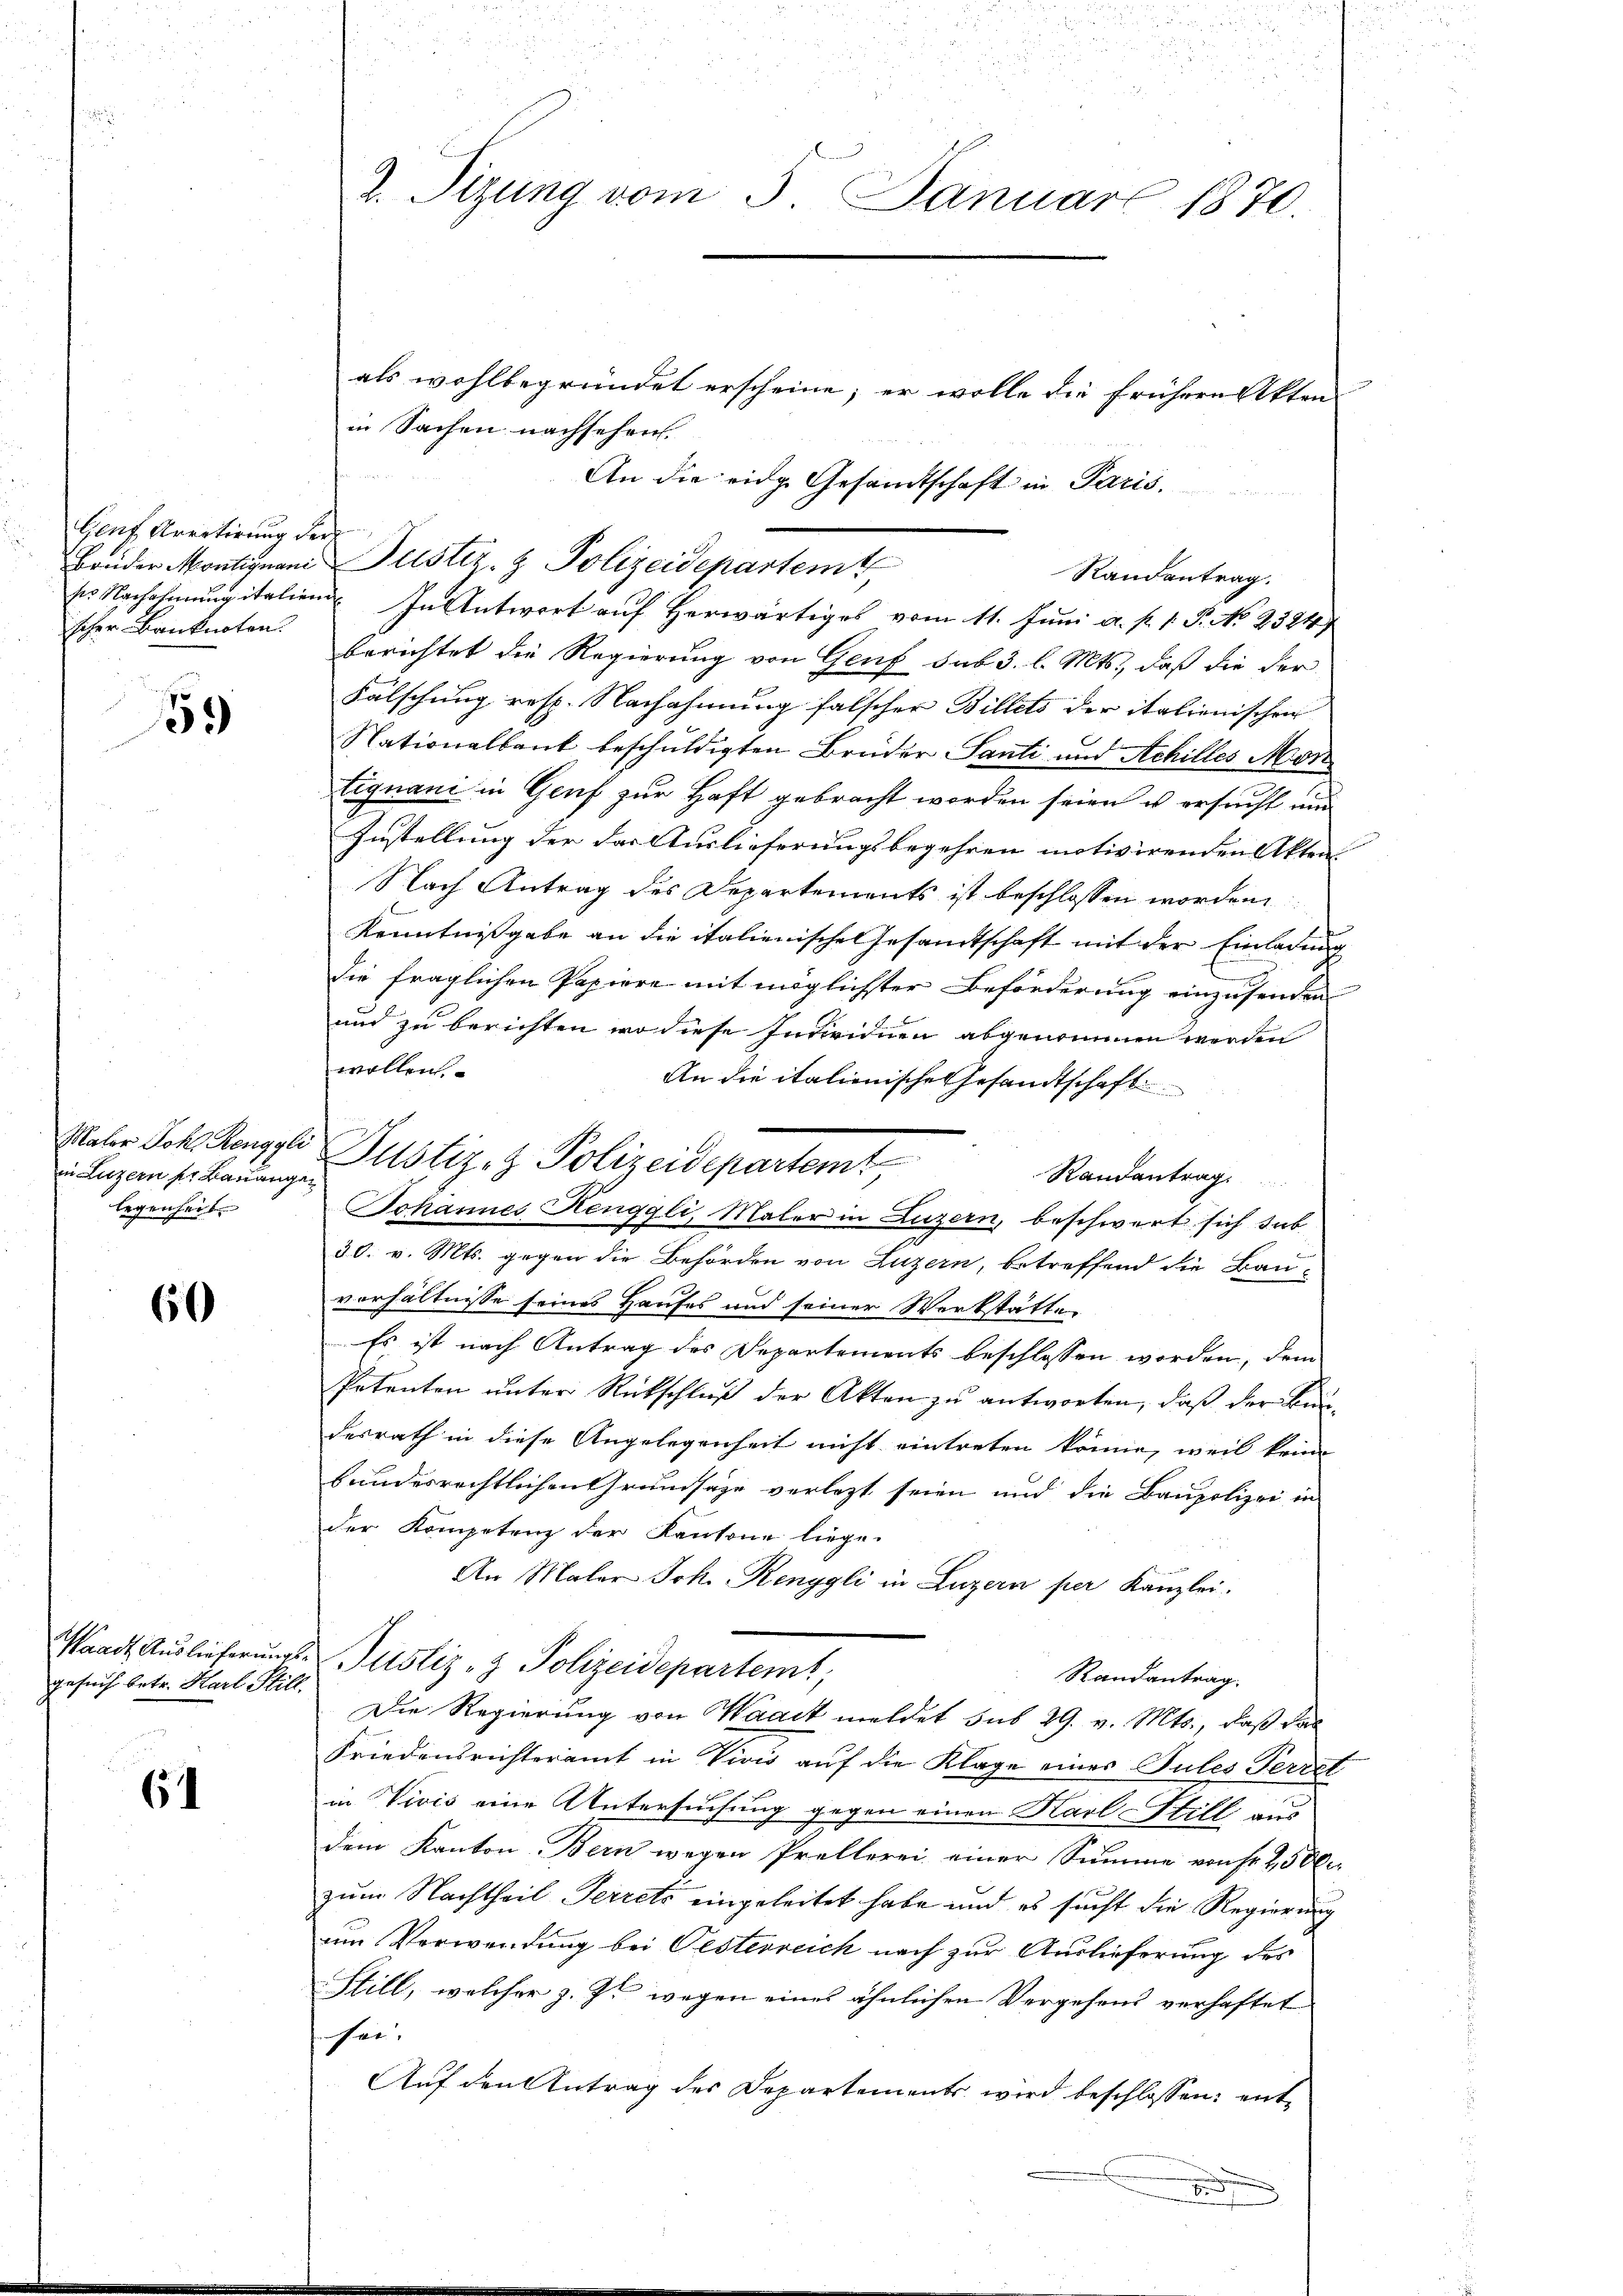
Gent Arretirung der
scher Banknoten.

59

in Luzern pr Bauangen
legenheit.

60

gesuch betr. Harl Still.

6

als wohlbegründet erscheine; er wolle die frühern Akten
in Sachen nachsehen.
Randantrag.
ses Nachahmung italien In Antwort auf herwärtiges vom 11. Juni a. p. 1. P. No 2324
berichtet die Regierung von Genf sub 3. l. Mts., daß die der
Fälschung resp. Nachahmung falscher Billets der italienischen
Nationalbant beschuldigten Brüder Santi und Achilles Mor
tignani in Genf zur Haft gebracht worden seien u ersucht und
Zustellung der das Auslieferungsbegehren motivirenden Akten
Nach Antrag des Departements ist beschlossen worden
Kenntnißgabe an die italienische Gesamtschaft mit der Einladung
die fraglichen Papiere mit möglichster Beförderung einzusenden
und zu berichten, wo diese Individuen abgenommen werden
wollen.
An die italienisches Gesandtschaft
Randantrag
Johannes Kenggli, Maler in Luzern, beschwert sich sub
30. v. Mts. gegen die Behörden von Luzern, betreffend die Bau-
verhältnisse seines Hauses und seiner Werkstätte
Es ist nach Antrag des Departements beschlossen worden, dem
Petenten unter Rückschluß der Akten zu antworten, daß der Bundesrath in diese Angelegenheit nicht eintreten könne, weil kein
bundesrechtlichen Grundsaze verletzt seien und die Baupolizei in
der Kompetenz der Kantone liege.
An Maler Joh. Renggli in Luzern per Kanzlei.
Waadt Auslieferungs-Justiz- & Polizeidepartert,
Randantrag.
Die Regierung von Waadt meldet sub 29. v. Mts., daß das
Friedensrichteramt in Vivis auf die Klage eines Tules Perret
in Vivis eine Untersuchung gegen einen Karl Still aus
dem Kanton Bern wegen Prellerei einer Summe von Fr. 250 l.
zum Nachtheil Perrets eingeleitet habe und es sucht die Regierung
um Verwendung bei Pesterreich nach zur Auslieferung des
Hill, welcher z. Zt. wegen eines ähnlichen Vergehens verhaftet
Fre
Auf den Antrag des Departements wird beschlossen: ent¬

Maler Joh. Renggli Justiz- & Polizeidepartemt

2. Tizung vom 5. Januar 1870.

An die eidg. Gesandtschaft in Paris.
Brüder Montignan Justiz- & Polizeidepartemt